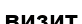
визит